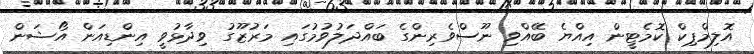
އޮލިމްޕިކް ކޮމެޓީން އިއްޔެ ބޭއްވި ނޫސްވެރިންގެ ބައްދަލުވުމުގައި މަރުޒޫގު ވިދާޅުވީ އިންޑިއަން އޯޝަން